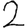
Digit: 2